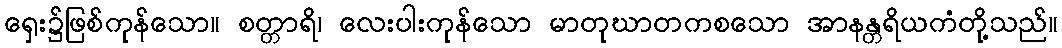
ရှေး၌ဖြစ်ကုန်သော။ စတ္တာရိ၊ လေးပါးကုန်သော မာတုဃာတကစသော အာနန္တရိယကံတို့သည်။